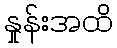
နှုန်းအထိ